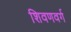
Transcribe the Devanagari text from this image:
शिवणवर्ग